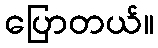
ပြောတယ်။